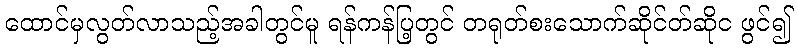
ထောင်မှလွတ်လာသည့်အခါတွင်မူ ရန်ကန်ပြ့တွင် တရုတ်စးသောက်ဆိုင်တ်ဆိုင ဖွင်၍